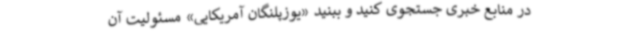
در منابع خبری جستجوی کنید و ببنید «یوزپلنگان آمریکایی» مسئولیت آن